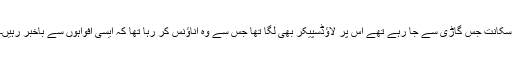
سکانت جس گاڑی سے جا رہے تھے اس پر لاؤڈسپیکر بھی لگا تھا جس سے وہ اناؤنس کر رہا تھا کہ ایسی افواہوں سے باخبر رہیں۔